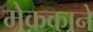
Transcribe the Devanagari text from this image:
मेककाने